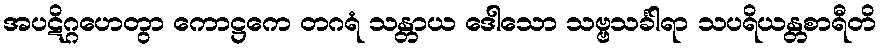
အပဋိဂ္ဂဟေတွာ ကောဋ္ဌကေ တဂရံ သန္တာယ ဒေါသော သဗ္ဗသင်္ခါရာ သပရိယန္တစာရီတိ